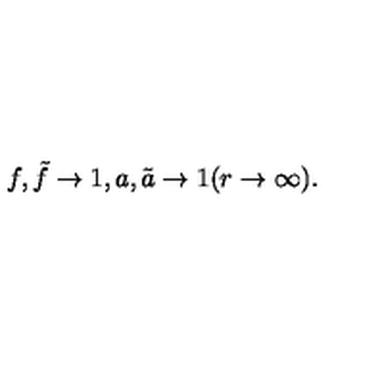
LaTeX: f , \tilde { f } \to 1 , a , \tilde { a } \to 1 ( r \to \infty ) .